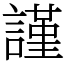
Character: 謹